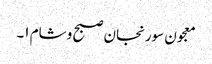
معجون سورنجان صبح و شام ۱۔